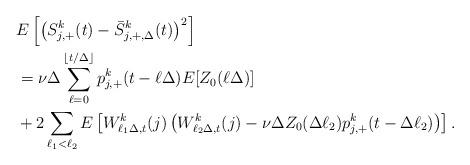
LaTeX: \begin{align*}&E\left[\left(S^k_{j,+}(t)-\bar{S}^k_{j,+,\Delta}(t)\right)^2\right] \\&=\nu\Delta\sum_{\ell=0}^{\lfloor t/\Delta\rfloor}p^k_{j,+}(t-\ell\Delta)E[Z_0(\ell\Delta)]\\&+2\sum_{\ell_1<\ell_2} E\left[W^k_{\ell_1\Delta,t}(j)\left(W^k_{\ell_2\Delta,t}(j)-\nu\Delta Z_0(\Delta\ell_2)p^k_{j,+}(t-\Delta\ell_2)\right)\right].\end{align*}